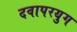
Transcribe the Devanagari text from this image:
दवापरयुग